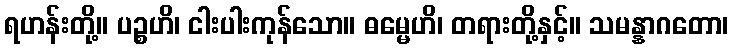
ရဟန်းတို့။ ပဉ္စဟိ၊ ငါးပါးကုန်သော။ ဓမ္မေဟိ၊ တရားတို့နှင့်။ သမန္နာဂတော၊